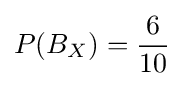
P(B_{X})={6 \over 10}